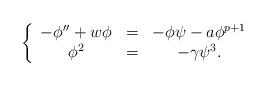
LaTeX: \begin{align*}\left\{ \begin{array}{cccc}-\phi''+w\phi&=&-\phi\psi-a\phi^{p+1}\\ \phi^2&=&-\gamma \psi^3.\\ \end{array}\right.\end{align*}